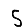
Digit: 5